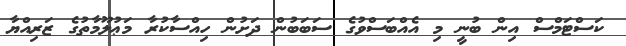
ކަސްޓަމްސް އިން ބުނީ މި އެއްބަސްވުގެ ސަބަބުން ދަށުން ހިއްސާކުރާ މަޢުލޫމާތުގެ ޒަރިއްޔާ